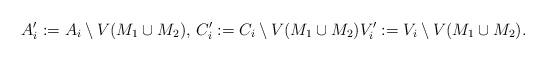
LaTeX: \begin{align*}A_i':=A_i\setminus V(M_1\cup M_2), \,C_i':=C_i\setminus V(M_1\cup M_2) V_i':=V_i\setminus V(M_1\cup M_2).\end{align*}